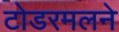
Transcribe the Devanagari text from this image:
टोडरमलने